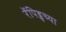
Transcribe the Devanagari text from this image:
रॅपिड्सच्या